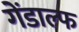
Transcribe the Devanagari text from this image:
गेंडाल्फ